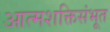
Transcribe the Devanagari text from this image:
आत्मशक्तिसंभूत